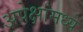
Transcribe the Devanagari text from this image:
अपेक्षांमध्ये